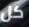
كل